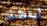
أيقظتك